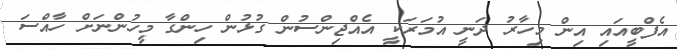
އެފްބީއައި އިން މިހާރު ދަނީ އުމަރަކީ އެއްޖިންސުން ގުޅުން ހިންގާ މީހުންނަށް ހާއްސަ